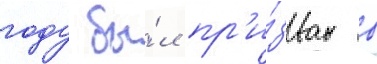
году бы́л пр'и́зван в